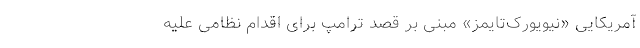
آمریکایی «نیویورک‌تایمز» مبنی بر قصد ترامپ برای اقدام نظامی علیه